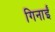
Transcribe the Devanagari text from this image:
गिनाईं